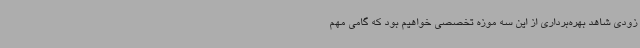
زودی شاهد بهره‌برداری از این سه موزه تخصصی خواهیم بود که گامی مهم